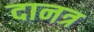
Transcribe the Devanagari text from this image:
दानत्र